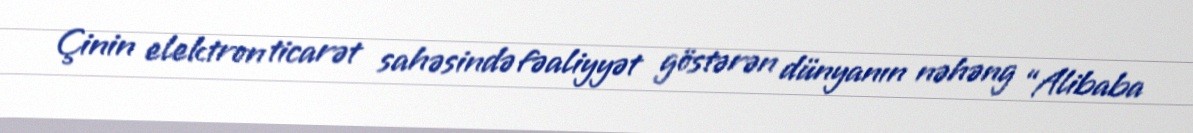
Çinin elektron ticarət sahəsində fəaliyyət göstərən dünyanın nəhəng “Alibaba